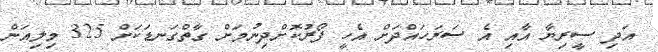
އަދި ސީރިޔާ އާއި އެ ސަރަހައްދަށް އެހީ ފޯރުކޮށްދިނުމަށް ގާތްގަނޑަކަށް 325 މިލިއަން